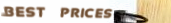
BEST PRICES